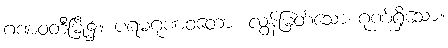
ဂဏဝတီမြို့၌။ ပရမဂုဏဝတော၊ လွန်မြတ်သော ဂုဏ်ရှိသော။